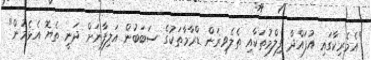
"އެމެރިކާގައި އުފައްދާ ފިލްމުތަކާއި ތެލެވިޜަން ޑްރާމާތަކުގެ ސަބަބުން އަލިފާނަށް ދަނީ ތެޔޮ އެޅެމުން"